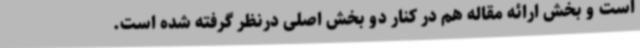
است و بخش ارائه مقاله هم در کنار دو بخش اصلی درنظر گرفته شده است.